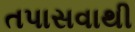
તપાસવાથી